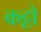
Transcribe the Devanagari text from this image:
कट्टो